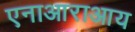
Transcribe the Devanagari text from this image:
एनाआराआय